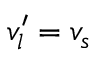
v _ { l } ^ { \prime } = v _ { s }